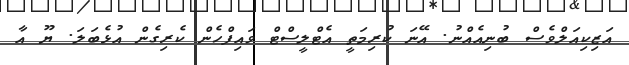
އަޒިކިއަލްވެސް ބުނިއެއްނު. އޭނަ ކުރިމަތީ އެޓްލީސްޓް ވައިފްހެން ކެރިގެން އުޅެބަލަ. ޔޫ އާ